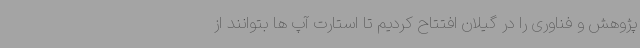
پژوهش و فناوری را در گیلان افتتاح کردیم تا استارت آپ ها بتوانند از